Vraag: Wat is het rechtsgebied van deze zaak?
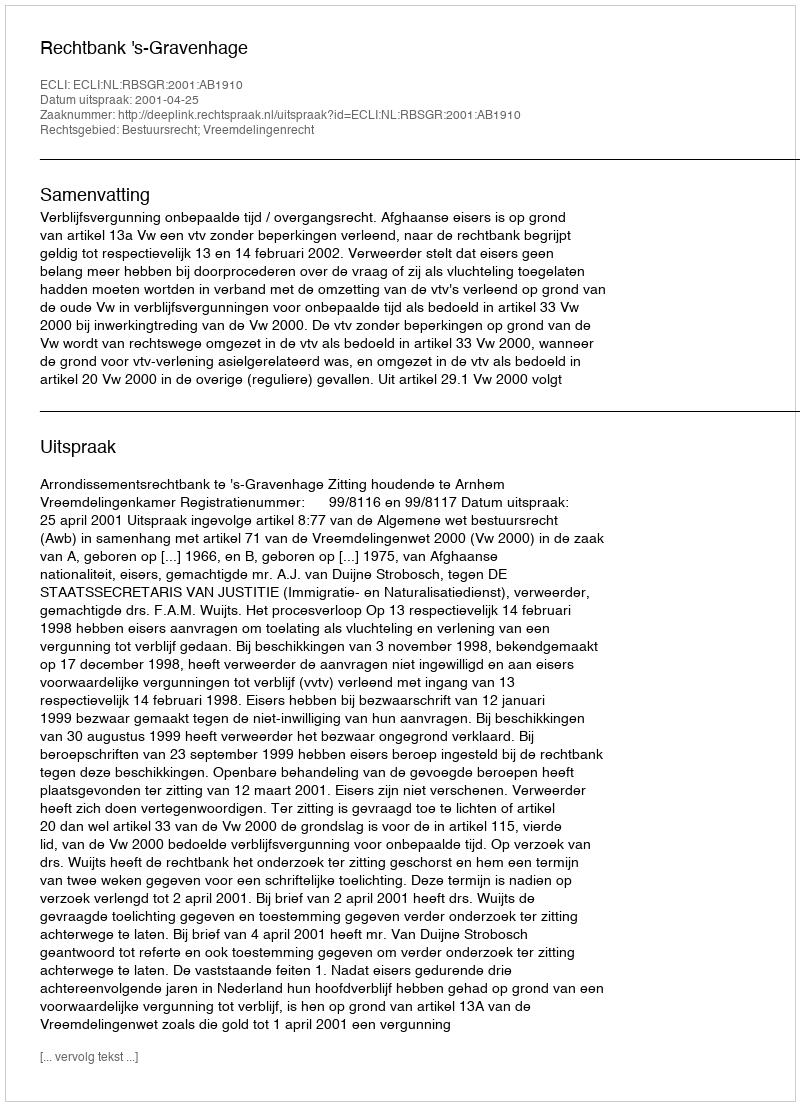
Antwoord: Bestuursrecht; Vreemdelingenrecht